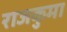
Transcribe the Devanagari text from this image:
राजकुमा